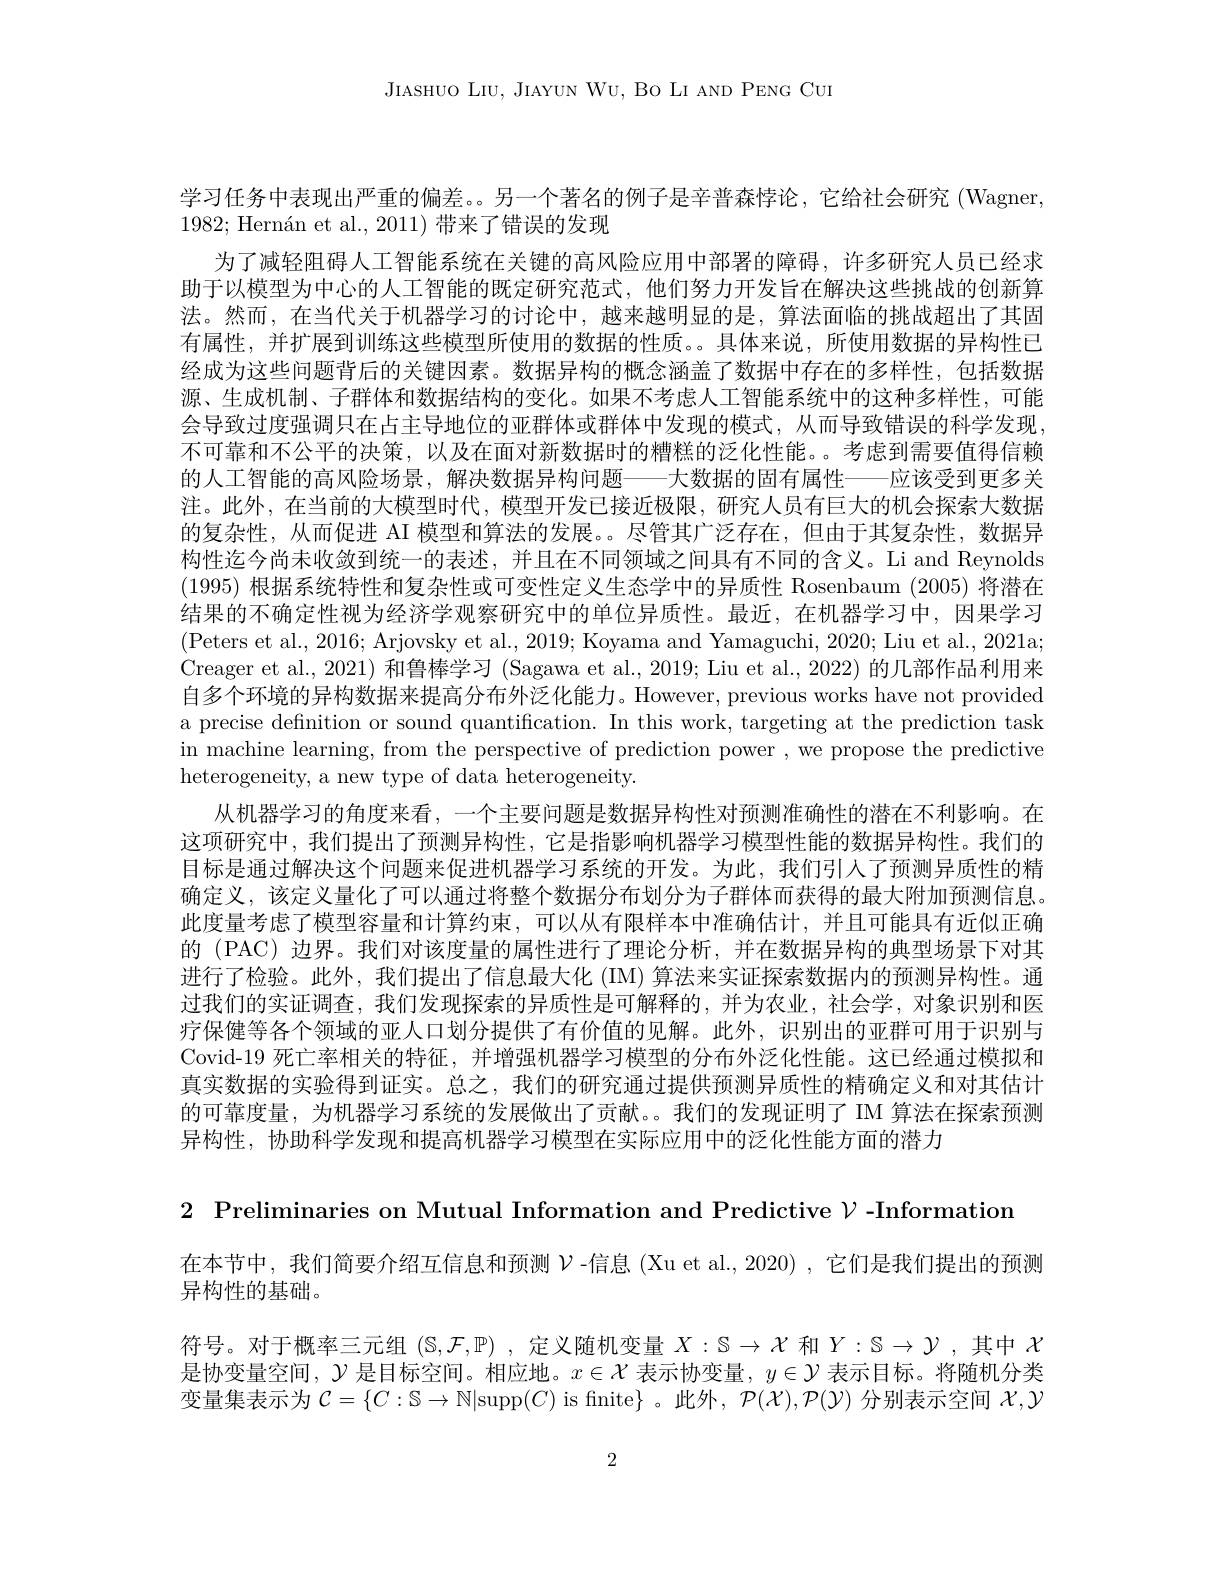
JIASHUO LIU, JIAYUN WU, BO LI AND PENG CUI

学习任务中表现出严重的偏差。另一个著名的例子是辛普森悖论，它给社会研究(Wagner,
$1982; \text{Hern\' {a}netal. , 2011) 带 来 了 错 误 的 发 现 }$
为了减轻阻碍人工智能系统在关键的高风险应用中部署的障碍，许多研究人员已经求助于以模型为中心的人工智能的既定研究范式，他们努力开发旨在解决这些挑战的创新算法。然而，在当代关于机器学习的讨论中，越来越明显的是，算法面临的挑战超出了其固有属性，并扩展到训练这些模型所使用的数据的性质。。具体来说，所使用数据的异构性已经成为这些问题背后的关键因素。数据异构的概念涵盖了数据中存在的多样性，包括数据源、生成机制、子群体和数据结构的变化。如果不考虑人工智能系统中的这种多样性，可能会导致过度强调只在占主导地位的亚群体或群体中发现的模式，从而导致错误的科学发现不可靠和不公平的决策，以及在面对新数据时的糟糕的泛化性能。。考虑到需要值得信赖的人工智能的高风险场景，解决数据异构问题——大数据的固有属性——应该受到更多关注。此外，在当前的大模型时代，模型开发已接近极限，研究人员有巨大的机会探索大数据的复杂性，从而促进 AI 模型和算法的发展。尽管其广泛存在，但由于其复杂性，数据异构性迄今尚未收敛到统一的表述，并且在不同领域之间具有不同的含义。Li and Reynolds (1995)根据系统特性和复杂性或可变性定义生态学中的异质性 Rosenbaum (2005)将潜在结果的不确定性视为经济学观察研究中的单位异质性。最近，在机器学习中，因果学习(Peters et al., 2016; Arjovsky et al., 2019; Koyama and Yamaguchi, 2020; Liu et al., 2021a; Creager et al., 2021) 和鲁棒学习 (Sagawa et al., 2019; Liu et al., 2022) 的几部作品利用来自多个环境的异构数据来提高分布外泛化能力。However, previous works have not provided a precise definition or sound quantification. In this work, targeting at the prediction task in machine learning, from the perspective of prediction power , we propose the predictive heterogeneity, a new type of data heterogeneity.
从机器学习的角度来看，一个主要问题是数据异构性对预测准确性的潜在不利影响。在这项研究中，我们提出了预测异构性，它是指影响机器学习模型性能的数据异构性。我们的目标是通过解决这个问题来促进机器学习系统的开发。为此，我们引入了预测异质性的精确定义，该定义量化了可以通过将整个数据分布划分为子群体而获得的最大附加预测信息。此度量考虑了模型容量和计算约束，可以从有限样本中准确估计，并且可能具有近似正确的 (PAC) 边界。我们对该度量的属性进行了理论分析，并在数据异构的典型场景下对其进行了检验。此外，我们提出了信息最大化 (IM) 算法来实证探索数据内的预测异构性。通过我们的实证调查，我们发现探索的异质性是可解释的，并为农业，社会学，对象识别和医疗保健等各个领域的亚人口划分提供了有价值的见解。此外，识别出的亚群可用于识别与Covid-19 死亡率相关的特征，并增强机器学习模型的分布外泛化性能。这已经通过模拟和真实数据的实验得到证实。总之，我们的研究通过提供预测异质性的精确定义和对其估计的可靠度量，为机器学习系统的发展做出了贡献。。我们的发现证明了 IM 算法在探索预测异构性，协助科学发现和提高机器学习模型在实际应用中的泛化性能方面的潜力

2 Preliminaries on Mutual Information and Predictive $\mathcal{V}$ -Information

在本节中，我们简要介绍互信息和预测$\mathcal{V}$ -信息 (Xu et al.,2020) ,它们是我们提出的预测
异构性的基础。
符号。对于概率三元组$(\mathbb{S},\mathcal{F},\mathbb{P})$ ,定义随机变量$X:\mathbb{S}\to\mathcal{X}$和$Y:\mathbb{S}\to\mathcal{Y}$ ,其中$\mathcal{X}$ 是协变量空间，$\mathcal{Y}$是目标空间。相应地。$x\in\mathcal{X}$表示协变量，$y\in\mathcal{Y}$表示目标。将随机分类变量集表示为$\mathcal{C}=\{C:\mathbb{S}\to\mathbb{N}|$supp$(C)$ is fnite$\}$ 。此外 , $\mathcal{P}(\mathcal{X}),\mathcal{P}(\mathcal{Y})$分别表示空间$\mathcal{X},\mathcal{Y}$

2